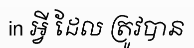
in អ្វី ដែល ត្រូវបាន